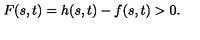
F ( s , t ) = h ( s , t ) - f ( s , t ) > 0 .